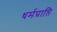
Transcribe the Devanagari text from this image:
धर्मप्राप्ति